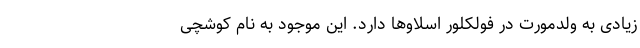
زیادی به ولدمورت در فولکلور اسلاو‌ها دارد. این موجود به نام کوشچی